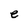
Character: e